Calcutta medical institutions reports 1879-81 [i.e.91]
Year: 1879
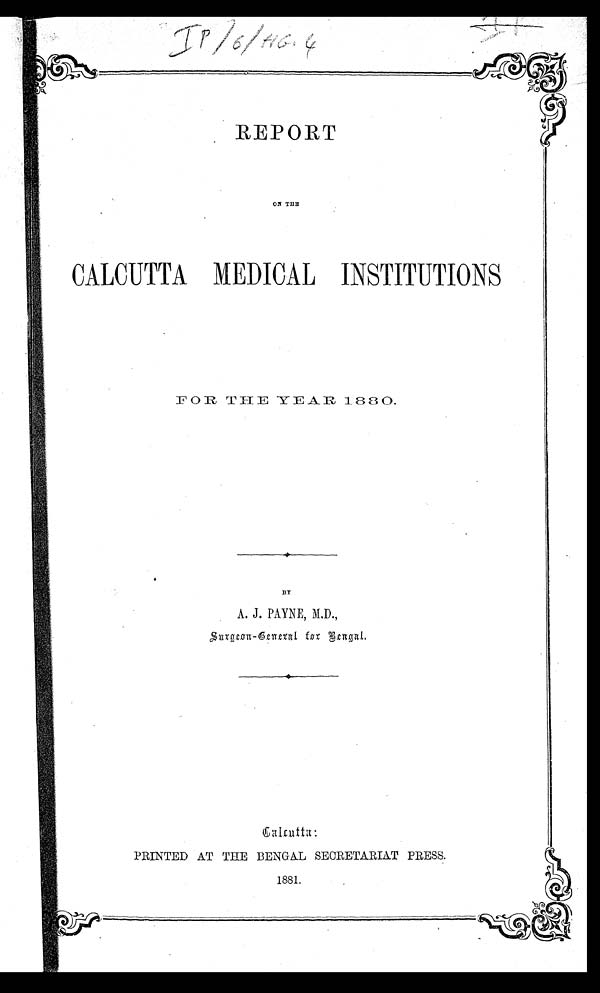
I P / 6 / H G . 4
REPORT
ON THE
CALCUTTA MEDICAL INSTITUTIONS
FOR THE YEAR 1880.
BY
A. J. PAYNE, M.D.,
Surgeon-General for Bengal.
Calcutta:
PRINTED AT THE BENGAL SECRETARIAT PRESS.
1881.